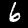
Digit: 6